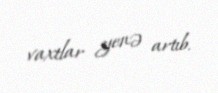
vaxtlar yenə artıb.